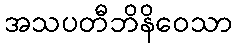
အသပတီဘိနိဝေသာ